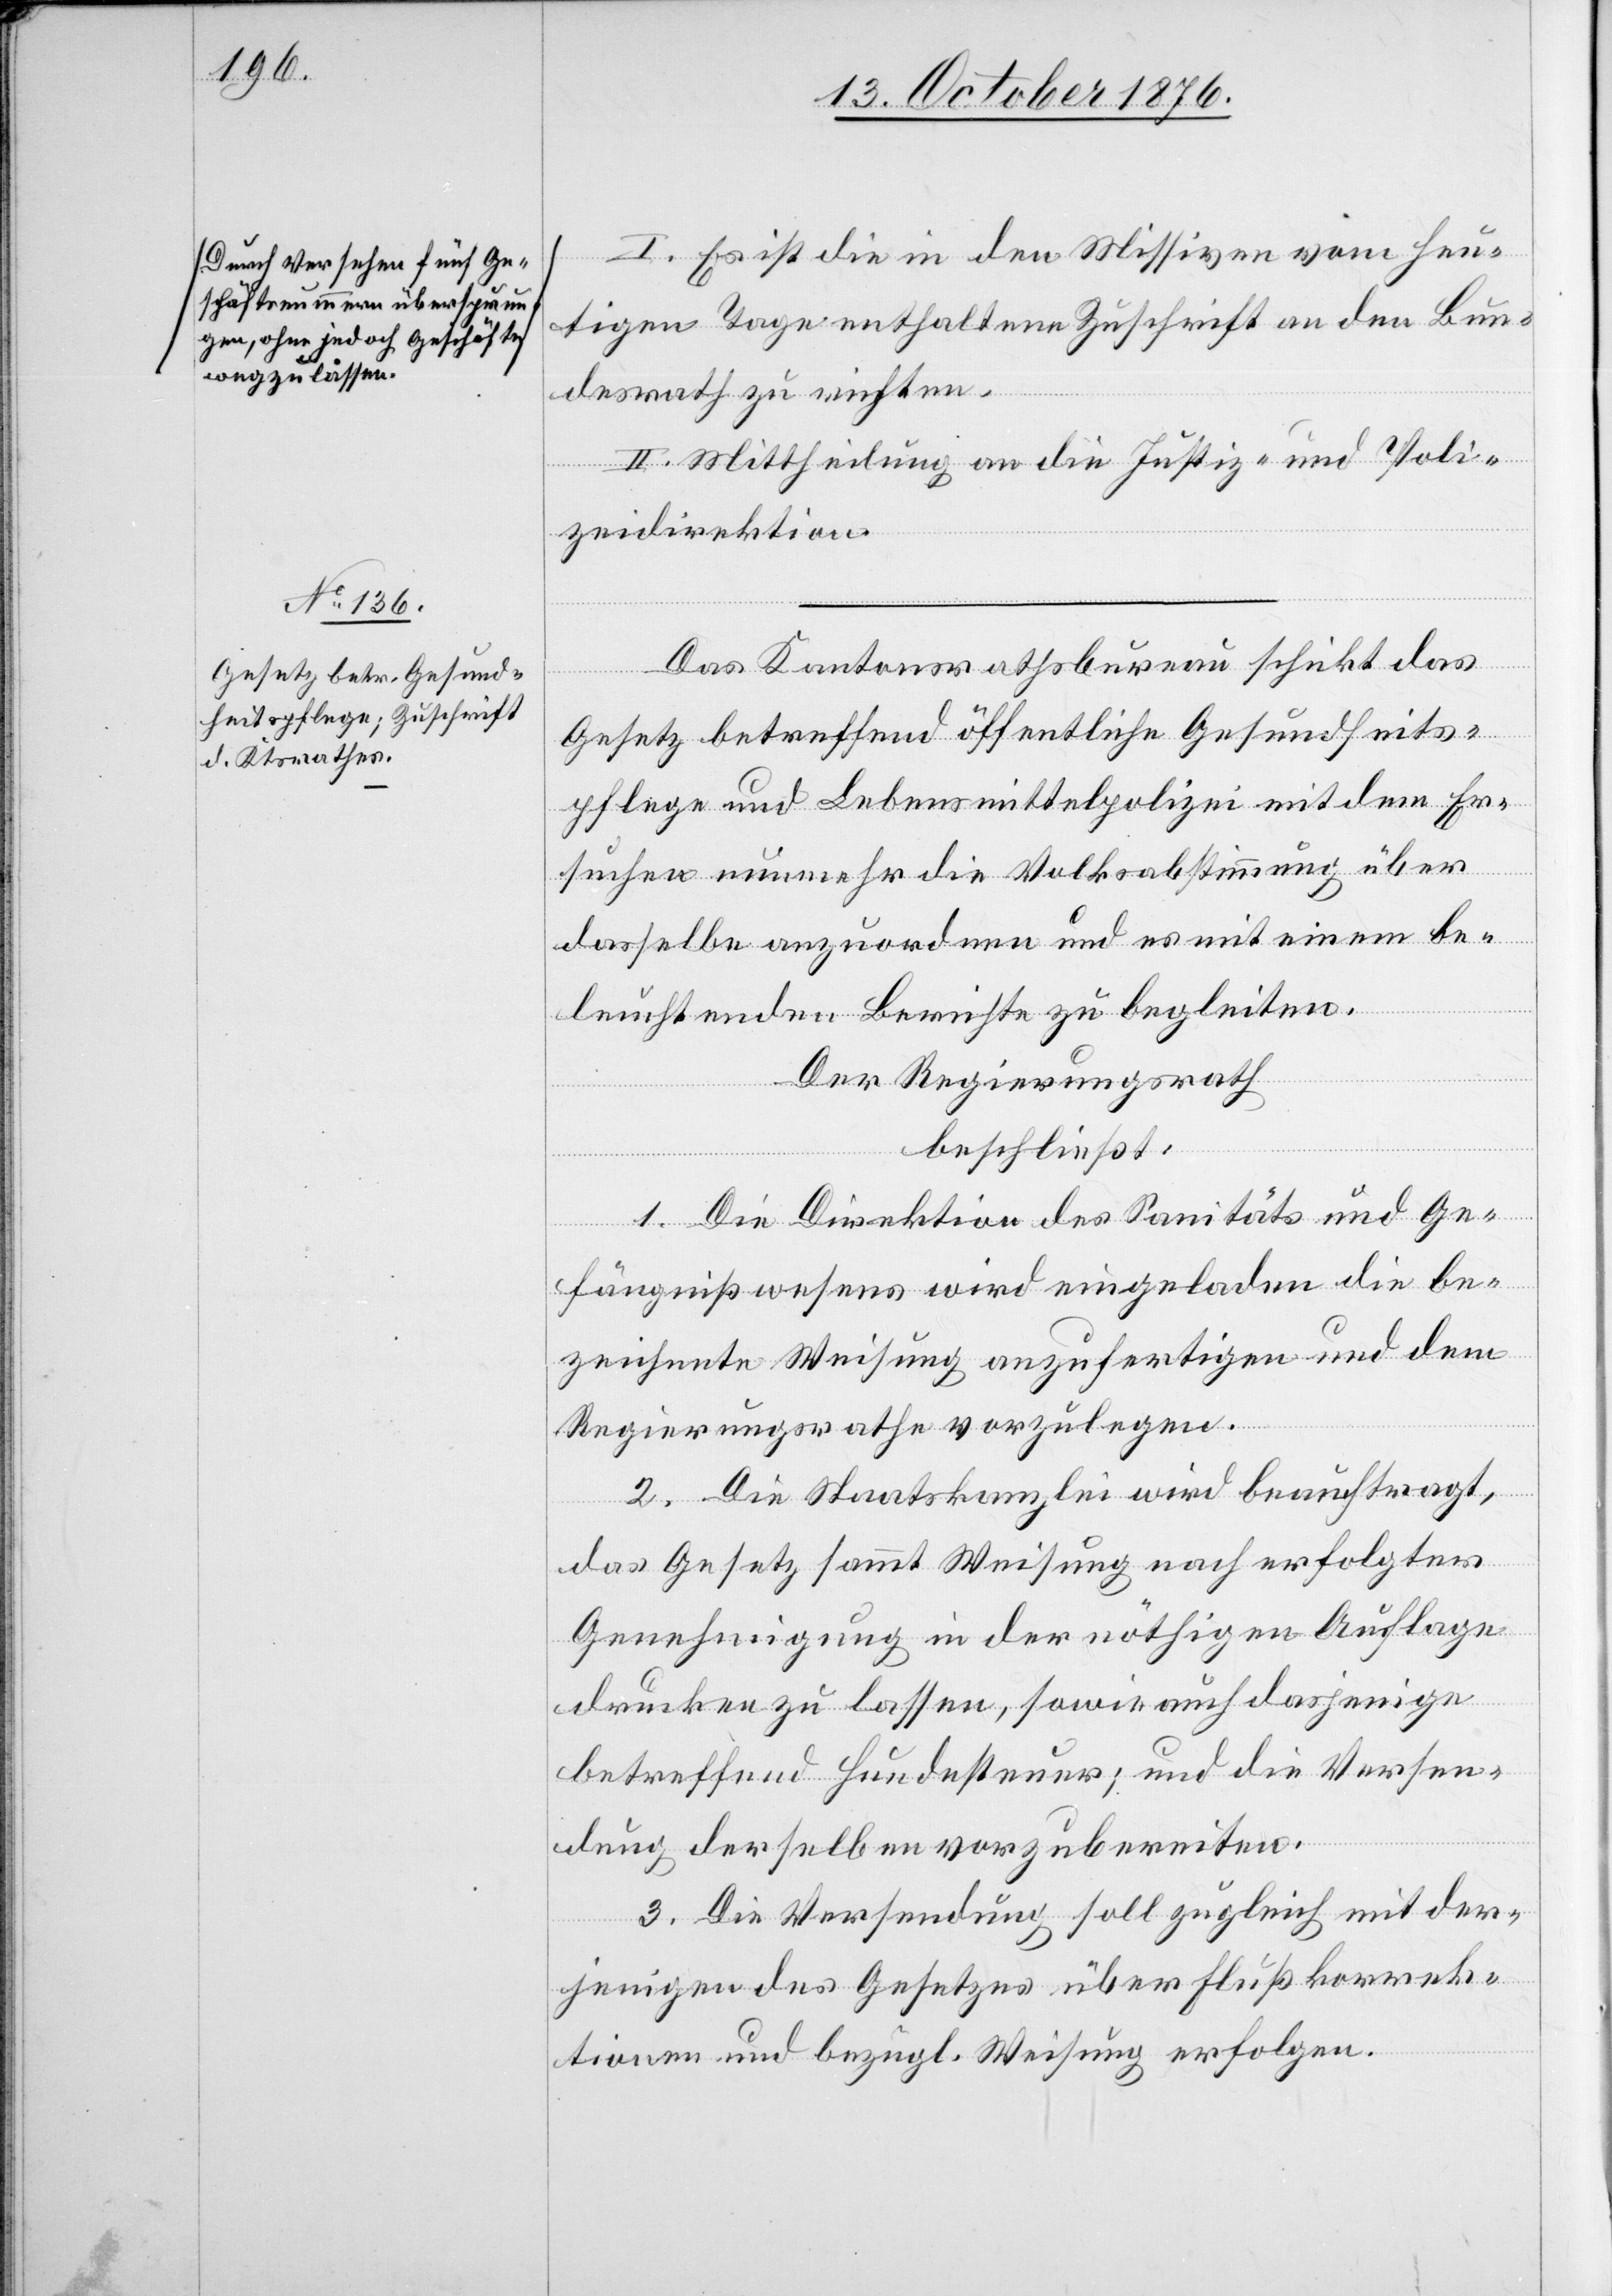
I. Es sei die in den Missiven vom heu¬
tigen Tage enthaltene Zuschrift an den Bun¬
desrath zu richten.
II. Mittheilung an die Justiz- und Poli¬
zeidirektion.
Das Kantonsrathsbureau schickt das
Gesetz betreffend öffentliche Gesundheits¬
pflege und Lebensmittelpolizei mit dem Er¬
suchen nunmehr die Volkabstimmung über
dasselbe anzuordnen und es mit einem be¬
leuchtenden Berichte zu begleiten.
Der Regierungsrath
beschließt:
1. Die Direktion des Sanitäts- und Ge¬
fängnißwesens wird eingeladen die be¬
zeichnete Weisung anzufertigen und dem
Regierungsrathe vorzulegen.
2. Die Staatskanzlei wird beauftragt,
das Gesetz sammt Weisung nach erfolgter
Genehmigung in der nöthigen Auflage
drucken zu lassen, sowie auch dasjenige
betreffend Hundesteuer; und die Versen¬
dung derselben vorzubereiten.
3. Die Versendung soll zugleich mit der¬
jenigen des Gesetzes über Flußkorrek¬
tionen und bezügl Weisung erfolgen.